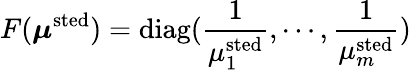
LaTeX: F({\boldsymbol\mu}^{\mathrm{sted}})=\mathrm{diag}(\frac{1}{\mu_{1}^{\mathrm{sted}}},\cdots,\frac{1}{\mu_{m}^{\mathrm{sted}}})